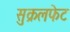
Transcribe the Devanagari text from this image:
सुक्रलफेट